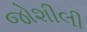
જોશીલી